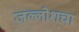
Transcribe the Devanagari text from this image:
जल्लोशचा